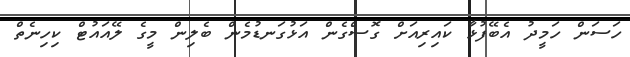
ހަސަން ހަމީދު އެބޭފުޅާ ކައިރިއަށް ގޮސްގެން އަޅުގަނޑުމެން ބެލިން މީގެ ލޭއައުޓް ކިހިނެތް